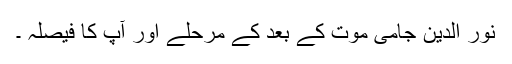
نور الدین جامی موت کے بعد کے مرحلے اور آپ کا فیصلہ ۔